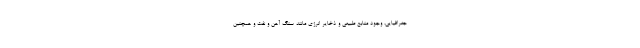
جغرافیایی، وجود منابع طبیعی و ذخایر انرژی مانند سنگ آهن و نفت و همچنین